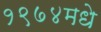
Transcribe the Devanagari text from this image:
१९७४मधे